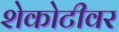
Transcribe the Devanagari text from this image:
शेकोटीवर